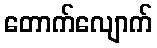
တောက်လျောက်